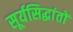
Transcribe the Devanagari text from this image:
सूर्यसिद्धांतों